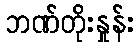
ဘဏ်တိုးနှုန်း